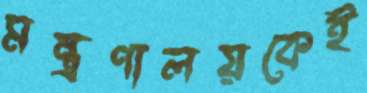
মন্ত্রণালয়কেই